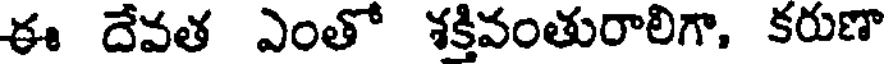
ఈ దేవత ఎంతో శక్తివంతురాలిగా, కరుణా